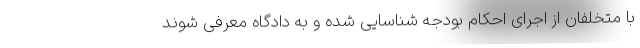
با متخلفان از اجرای احکام بودجه شناسایی شده و به دادگاه معرفی شوند